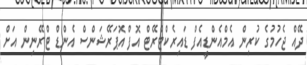
ދޭއް ޖެހުމުގެ ކުރިން އެމްއެންޑީއެފް ޑައިރެކްޓްރޭޓް އޮފް އޮޕަރޭޝަންސް އެންޑް ޓްރޭނިން އަށް